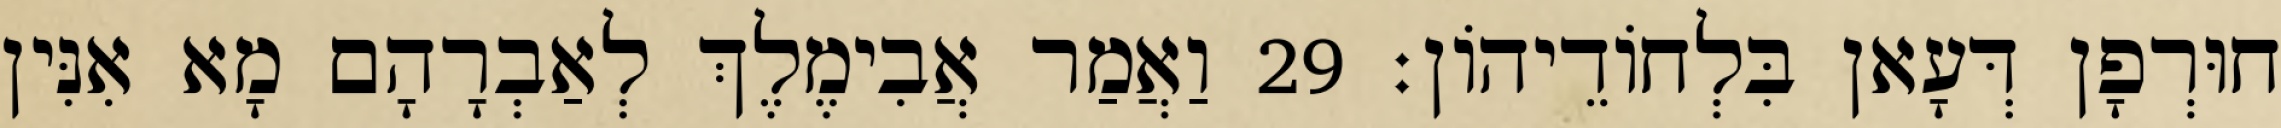
חוּרְפָן דְּעָאן בִּלְחוֹדֵיהוֹן׃ 29 וַאֲמַר אֲבִימֶלֶךְ לְאַבְרָהָם מָא אִנִּין